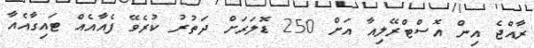
ރާއްޖެ އިން އޮސްޓްރޭލިއާ އަށް 250 ޑޮލަރަށް ދަތުރު ކުރެވޭ ފެއާއެއް ޓައިގާއެއާ